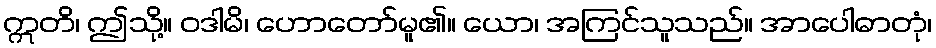
ဣတိ၊ ဤသို့။ ဝဒါမိ၊ ဟောတော်မူ၏။ ယော၊ အကြင်သူသည်။ အာပေါဓာတုံ၊